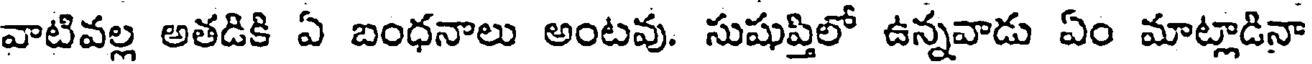
వాటివల్ల అతడికి ఏ బంధనాలు అంటవు. సుషుప్తిలో ఉన్నవాడు ఏం మాట్లాడినా